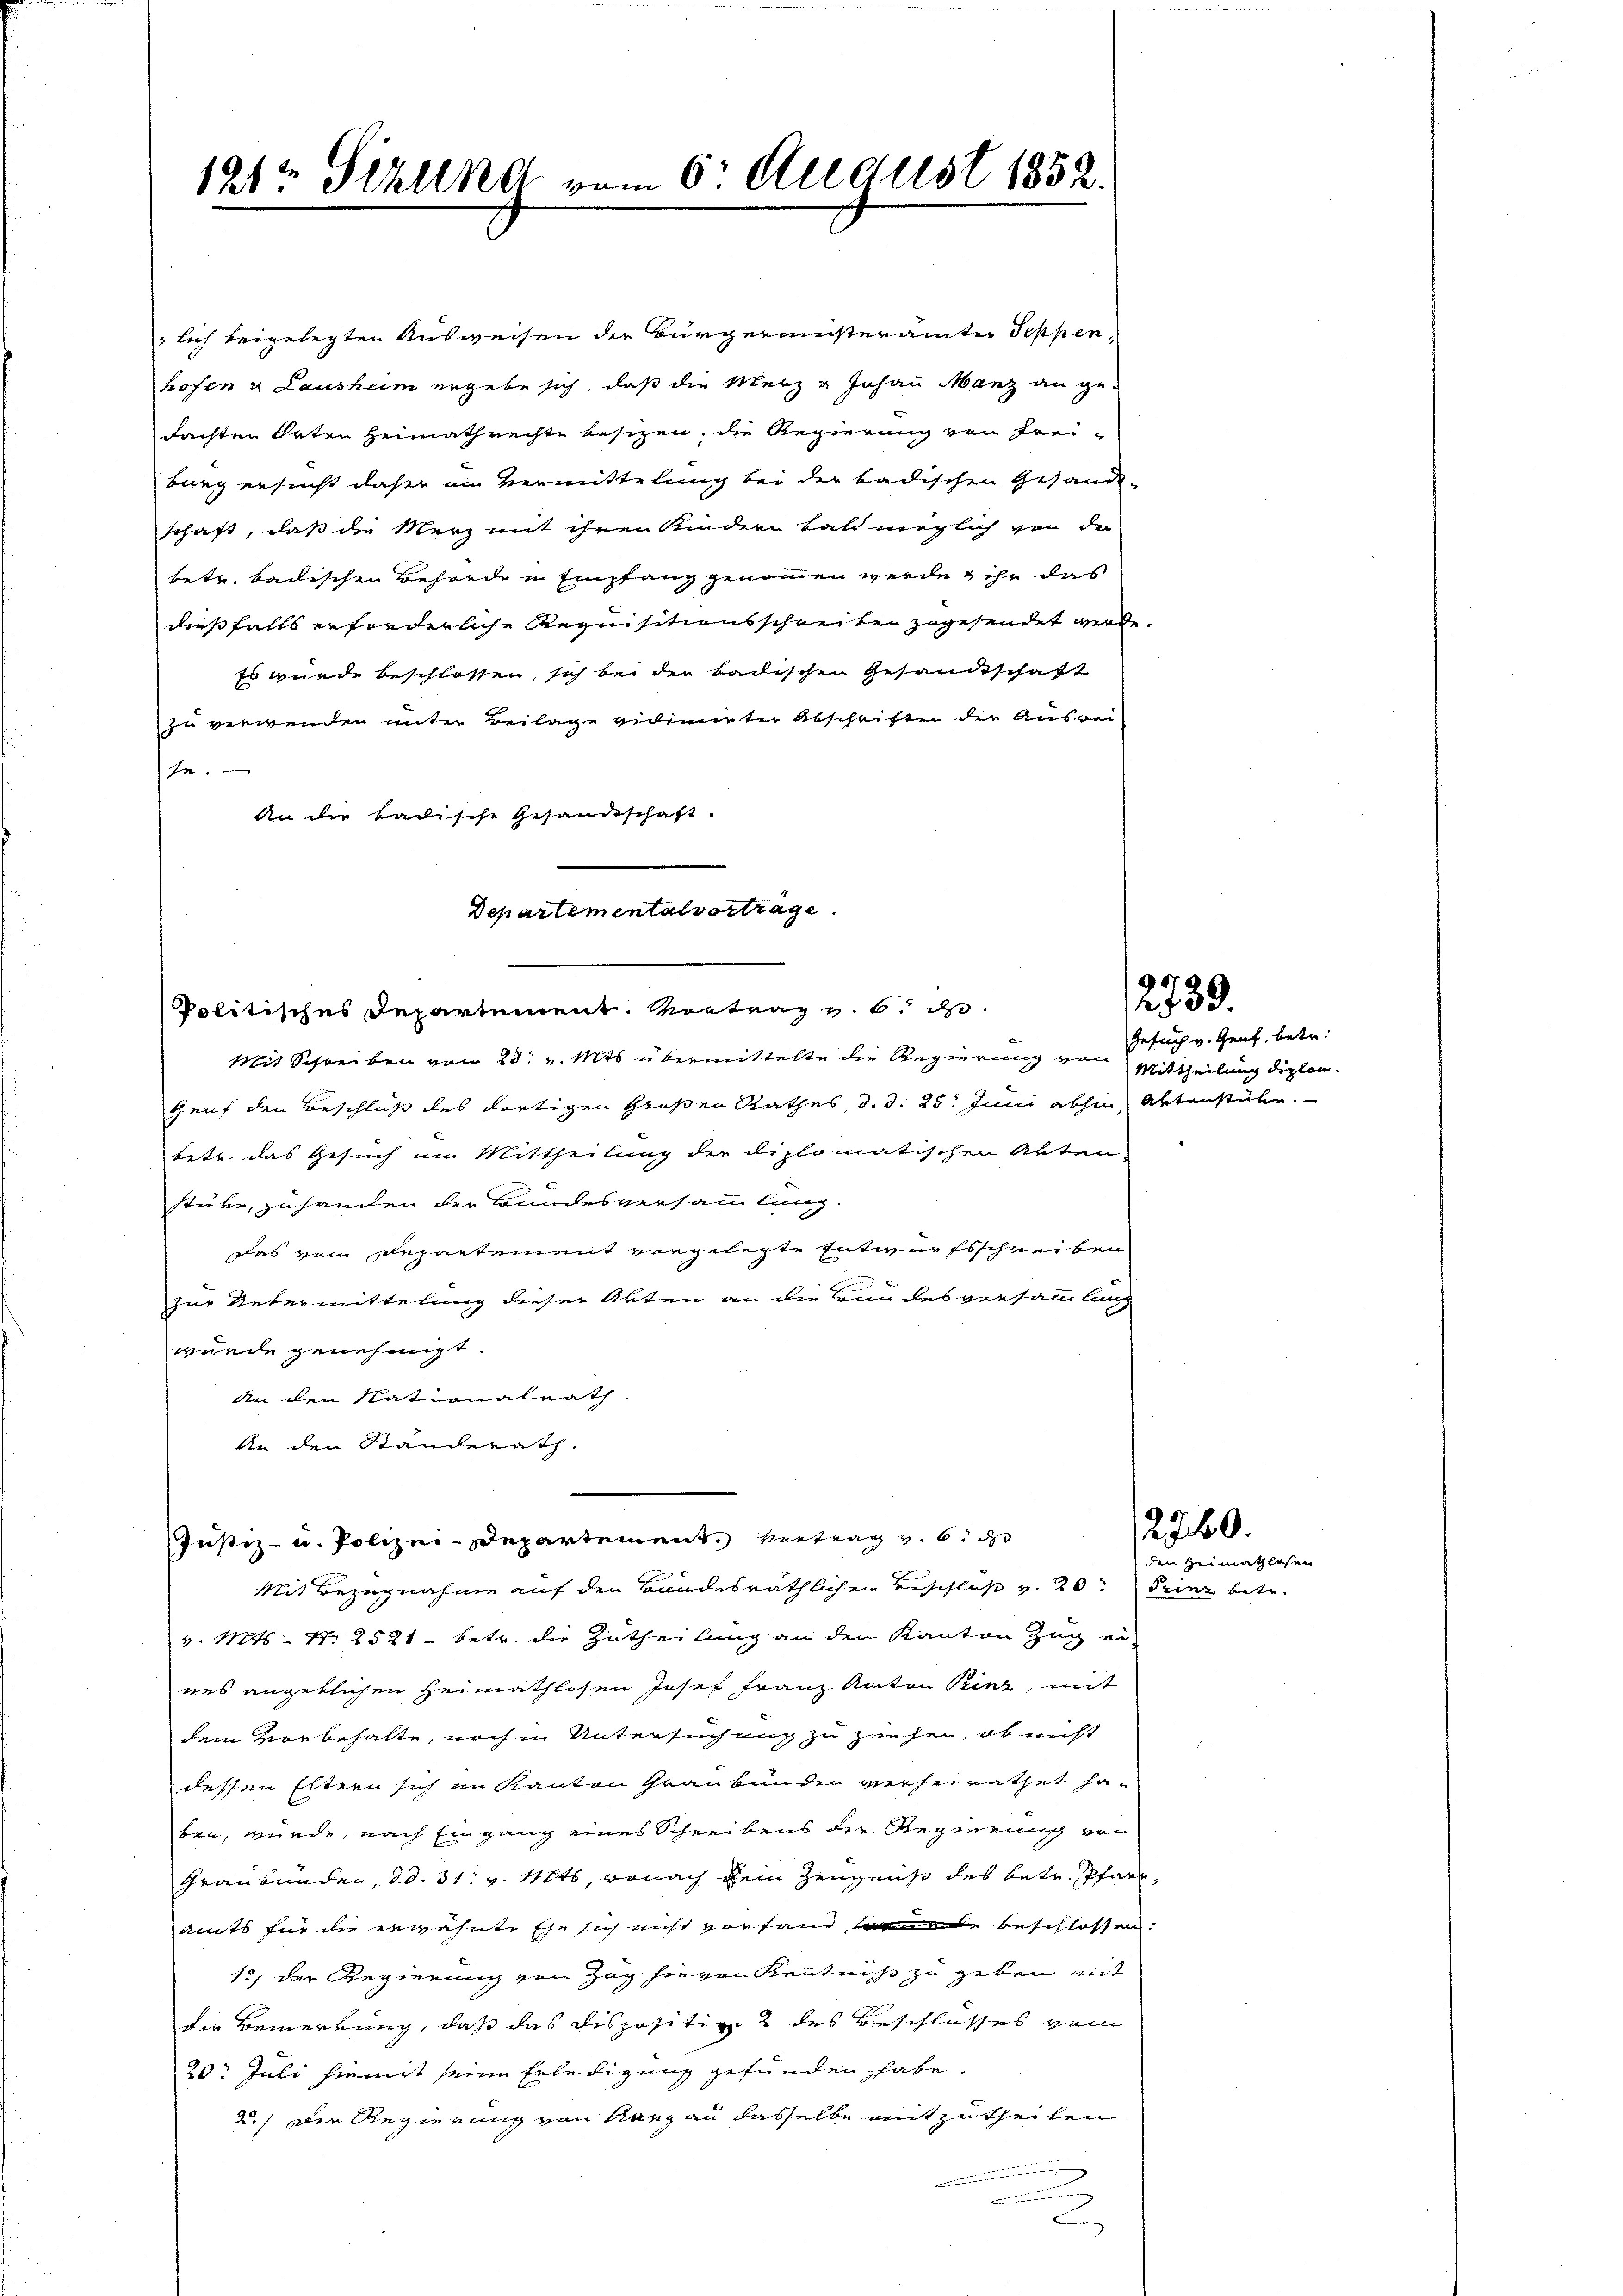
121t Pizlena vom 6. August 1852.

Politisches Departement. Kontrag v. 6. d.

lich beigelegten Ausweisen der Bürgermeisterämter Teppen-
hofen u Lausheim ergebe sich, daß die Merz & Johann Manz an gedachten Orten Heimathrechte besizen, die Regierung von Frei-
burg ersucht daher im Vermittelung bei der badischen Gesandt-
schaft, daß die Merz mit ihren Kindern bald möglich von der
bete, badischen Behörde in Empfang genommen werde & ihr das
dießfalls erforderliche Requisitionsschreiten zugesendet werde.
Es wurde beschlossen, sich bei der badischen Gesandtschaft
zu verwenden unter Beilage vivimirter Abschriften der Auswei-
ste.
An die badische Gesandtschaft.
Mit Schreiben von 28. v. Mts. übermittelte die Regierung von Mittheilung diplon.
Heuf den Beschluß des dortigen Großen Rathes, d. d. 25. Juni abhin Aktenstühe.
betr. das Gesuch im Mittheilung der diplomatischen Akten
stücke, zuhanden der Bundesversammlung
Das vom Departement vorgelegte Entwurfsschreiben
zur Uebermittelung dieser Akten an die Bundesversammlung
wurde genehmigt.
An den Nationalrath
An den Ständerath.
Justiz- u. Polizei-Departement. Vertrag v. 6. d
Mit Bezugnahme auf den Bandesräthlichen Beschluß v. 20. Deine betr.
v. Mts. N. 2521 betr. die Zutheilung an den Kanton Zug ei-
nes angeblichen Heimathlosen Josef Franz Anton Binz, mit
dem vorbehalte, noch in Untersuchung zu ziehen, ob nicht
dessen Eltern sich im Kanton Graubünden verheirathet ha-
ben, wurde, nach Eingang eines Schreibens der Regierung von
Graubünden, d. d. 31. v. Mts, wonach kein Zeugniß des betr. Pfarramts für die erwähnte Ehe sich nicht von fand, werde beschlossen.
13, der Regierung von Zug sie von Kenntniß zu geben mit
der Bemerkung, daß das dispositive 2 des Beschlusses vom
20. Juli hiemit seine Erledigung gefunden, habe
2.) Der Regierung von Aargau dasselbe mitzutheilen
2

Departemental vorträge

Gesuch v. Genf, betr.

2739.

2760.
den Heimathlosen